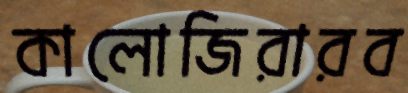
কালোজিরারব